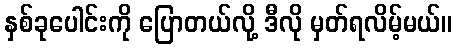
နှစ်ခုပေါင်းကို ပြောတယ်လို့ ဒီလို မှတ်ရလိမ့်မယ်။